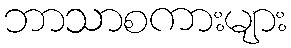
ဘာသာစကားများ